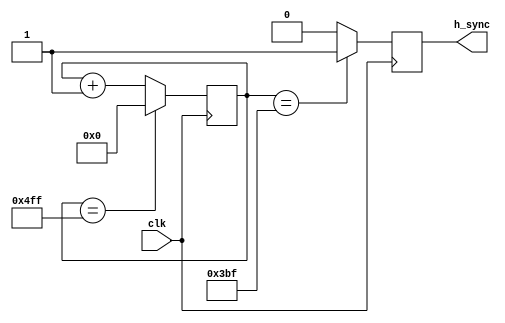
module h_sync(
    input wire clk,
    output reg h_sync
);
reg [11:0] count;

always @(posedge clk) begin
    count <= count + 1;
    
    if (count == 959) begin
        h_sync <= 1;
    end else begin
        h_sync <= 0;
    end
    
    if (count == 1279) begin
        count <= 0;
    end
end
endmodule